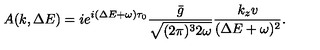
A ( k , \Delta E ) = i e ^ { i ( \Delta E + \omega ) \tau _ { 0 } } \frac { \bar { g } } { \sqrt { ( 2 \pi ) ^ { 3 } 2 \omega } } \frac { k _ { z } v } { ( \Delta E + \omega ) ^ { 2 } } .